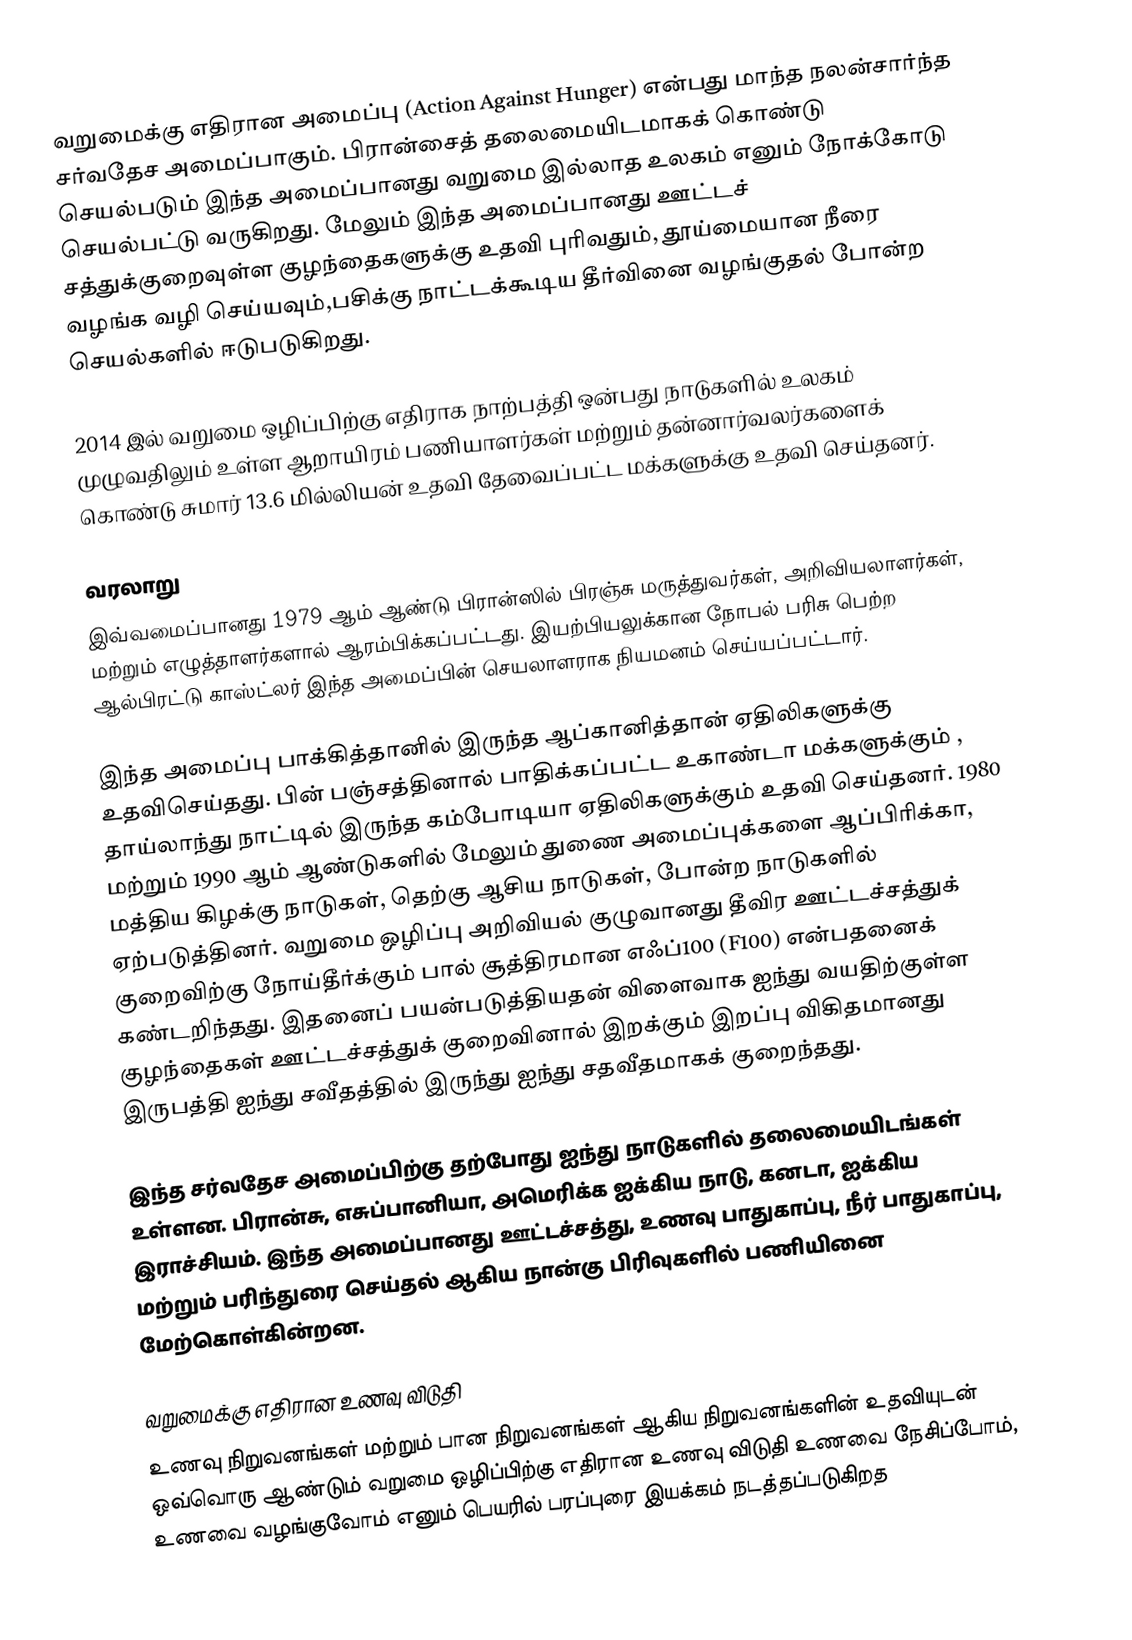
வறுமைக்கு எதிரான அமைப்பு (Action Against Hunger) என்பது மாந்த நலன்சார்ந்த  சர்வதேச அமைப்பாகும். பிரான்சைத் தலைமையிடமாகக் கொண்டு செயல்படும் இந்த அமைப்பானது வறுமை இல்லாத உலகம் எனும் நோக்கோடு செயல்பட்டு வருகிறது. மேலும் இந்த அமைப்பானது ஊட்டச் சத்துக்குறைவுள்ள குழந்தைகளுக்கு உதவி புரிவதும், தூய்மையான நீரை வழங்க வழி செய்யவும்,பசிக்கு நாட்டக்கூடிய தீர்வினை வழங்குதல் போன்ற செயல்களில் ஈடுபடுகிறது.

2014 இல் வறுமை ஒழிப்பிற்கு எதிராக நாற்பத்தி ஒன்பது நாடுகளில் உலகம் முழுவதிலும் உள்ள ஆறாயிரம் பணியாளர்கள் மற்றும் தன்னார்வலர்களைக்  கொண்டு சுமார் 13.6 மில்லியன் உதவி தேவைப்பட்ட மக்களுக்கு உதவி செய்தனர்.

வரலாறு
இவ்வமைப்பானது 1979 ஆம் ஆண்டு பிரான்ஸில் பிரஞ்சு மருத்துவர்கள், அறிவியலாளர்கள், மற்றும் எழுத்தாளர்களால் ஆரம்பிக்கப்பட்டது.  இயற்பியலுக்கான நோபல் பரிசு பெற்ற ஆல்பிரட்டு காஸ்ட்லர் இந்த அமைப்பின் செயலாளராக நியமனம் செய்யப்பட்டார்.

இந்த அமைப்பு பாக்கித்தானில் இருந்த ஆப்கானித்தான் ஏதிலிகளுக்கு உதவிசெய்தது. பின் பஞ்சத்தினால் பாதிக்கப்பட்ட உகாண்டா மக்களுக்கும் , தாய்லாந்து நாட்டில் இருந்த கம்போடியா ஏதிலிகளுக்கும் உதவி செய்தனர்.  1980 மற்றும் 1990 ஆம் ஆண்டுகளில் மேலும் துணை அமைப்புக்களை ஆப்பிரிக்கா, மத்திய கிழக்கு நாடுகள், தெற்கு ஆசிய நாடுகள்,  போன்ற நாடுகளில் ஏற்படுத்தினர். வறுமை ஒழிப்பு அறிவியல் குழுவானது தீவிர ஊட்டச்சத்துக் குறைவிற்கு நோய்தீர்க்கும் பால் சூத்திரமான எஃப்100 (F100) என்பதனைக் கண்டறிந்தது. இதனைப் பயன்படுத்தியதன் விளைவாக ஐந்து வயதிற்குள்ள குழந்தைகள் ஊட்டச்சத்துக் குறைவினால் இறக்கும் இறப்பு விகிதமானது இருபத்தி ஐந்து சவீதத்தில் இருந்து ஐந்து சதவீதமாகக் குறைந்தது.

இந்த சர்வதேச அமைப்பிற்கு தற்போது ஐந்து நாடுகளில் தலைமையிடங்கள் உள்ளன. பிரான்சு, எசுப்பானியா, அமெரிக்க ஐக்கிய நாடு, கனடா, ஐக்கிய இராச்சியம். இந்த அமைப்பானது ஊட்டச்சத்து,  உணவு பாதுகாப்பு, நீர் பாதுகாப்பு, மற்றும் பரிந்துரை செய்தல் ஆகிய நான்கு பிரிவுகளில் பணியினை மேற்கொள்கின்றன.

வறுமைக்கு எதிரான உணவு விடுதி
உணவு நிறுவனங்கள் மற்றும் பான நிறுவனங்கள் ஆகிய நிறுவனங்களின் உதவியுடன் ஒவ்வொரு ஆண்டும் வறுமை ஒழிப்பிற்கு எதிரான உணவு விடுதி உணவை நேசிப்போம், உணவை வழங்குவோம் எனும் பெயரில் பரப்புரை இயக்கம் நடத்தப்படுகிறத